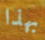
بهذا